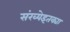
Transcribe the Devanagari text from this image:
संख्येइतक्या